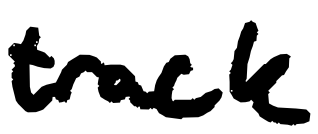
Text: track
Cross-out: clean
Writing tool: digital_black